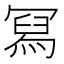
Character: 冩